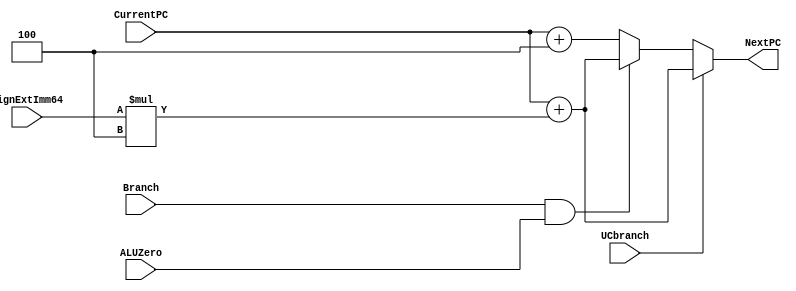
`timescale 1ns / 1ps
module NextPClogic(NextPC, CurrentPC, SignExtImm64, Branch, ALUZero, UCbranch); 
  input [63:0] CurrentPC, SignExtImm64; 
  input Branch, ALUZero, UCbranch; 
  output reg [63:0] NextPC;
  reg [63:0]SignExtImm64SL;
  
  //mux section
  always @ (*) begin
    SignExtImm64SL <= #1 SignExtImm64 * 4;
  	if(UCbranch)
  		NextPC <= #2 CurrentPC + SignExtImm64SL;
    else if(Branch && ALUZero)
    	NextPC <= #2 CurrentPC + SignExtImm64SL;
    else 
    	NextPC <= #2 CurrentPC + 4;
  end
endmodule